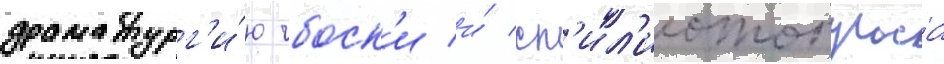
драматург'и́ю чбоск'и и́ сп'ил'иотопулоса